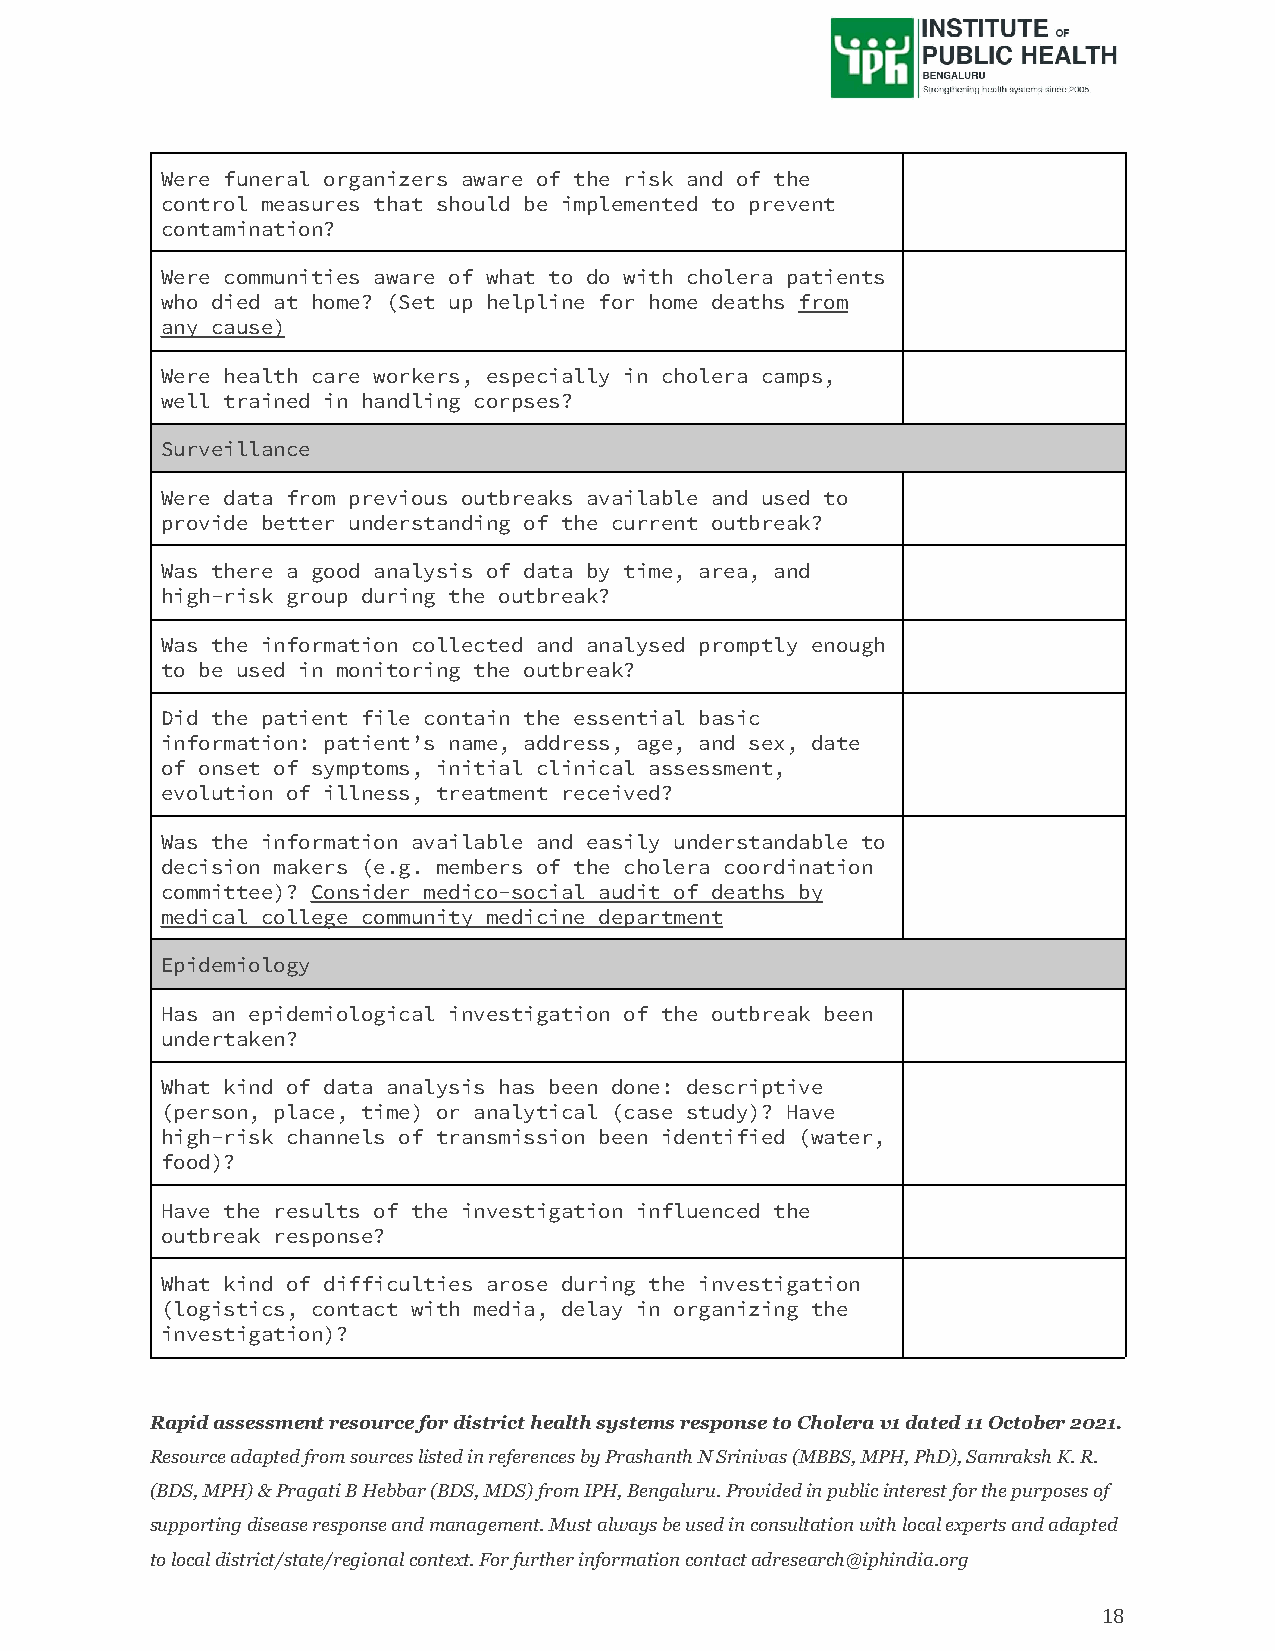
Were funeral organizers aware of the risk and of the
 control measures that should be implemented to prevent
 contamination?
 Were communities aware of what to do with cholera patients
 who died at home? (Set up helpline for home deaths from
 any cause)
 Were health care workers, especially in cholera camps,
 well trained in handling corpses?
 Surveillance
 Were data from previous outbreaks available and used to
 provide better understanding of the current outbreak?
 Was there a good analysis of data by time, area, and
 high-risk group during the outbreak?
 Was the information collected and analysed promptly enough
 to be used in monitoring the outbreak?
 Did the patient file contain the essential basic
 information: patient’s name, address, age, and sex, date
 of onset of symptoms, initial clinical assessment,
 evolution of illness, treatment received?
 Was the information available and easily understandable to
 decision makers (e.g. members of the cholera coordination
 committee)? Consider medico-social audit of deaths by
 medical college community medicine department
 Epidemiology
 Has an epidemiological investigation of the outbreak been
 undertaken?
 What kind of data analysis has been done: descriptive
 (person, place, time) or analytical (case study)? Have
 high-risk channels of transmission been identified (water,
 food)?
 Have the results of the investigation influenced the
 outbreak response?
 What kind of difficulties arose during the investigation
 (logistics, contact with media, delay in organizing the
 investigation)?
 Rapid assessment resource for district health systems response to Cholera v1 dated 11 October 2021.
 Resource adapted from sources listed in references by Prashanth N Srinivas (MBBS, MPH, PhD), Samraksh K. R.
 (BDS, MPH) & Pragati B Hebbar (BDS, MDS) from IPH, Bengaluru. Provided in public interest for the purposes of
 supporting disease response and management. Must always be used in consultation with local experts and adapted
 to local district/state/regional context. For further information contact adresearch@iphindia.org
 18